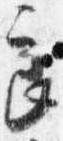
良